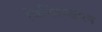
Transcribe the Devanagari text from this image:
चिन्हितकारन